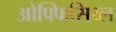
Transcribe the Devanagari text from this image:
ओफ्फिसिय्ल